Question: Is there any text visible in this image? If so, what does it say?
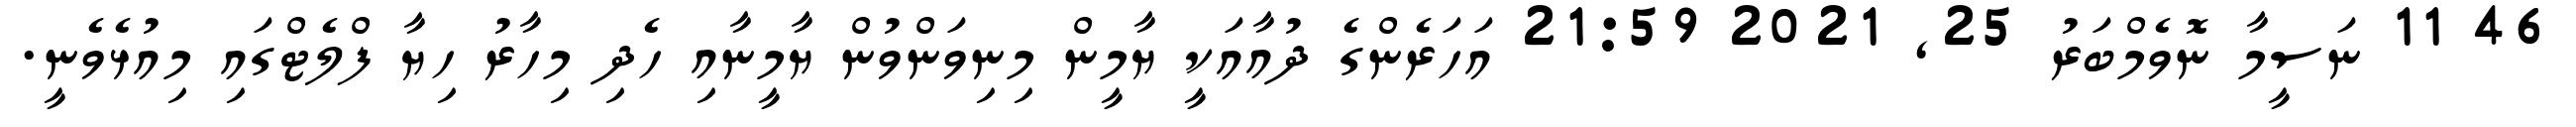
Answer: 46 11 ނަސީމާ ނޮވެމްބަރު 25, 2021 21:59 އަހަރެންގެ ދުއާއަކީ ޔާމީން މިނިވަންވުން ޔާމީނާއި ހެދި މިހާރު ހިޔާ ފްލެޓްގައި މިއުޅެވެނީ.